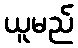
ယူမည်